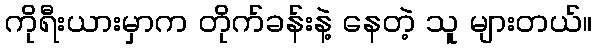
ကိုရီးယားမှာက တိုက်ခန်းနဲ့ နေတဲ့ သူ များတယ်။